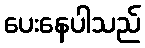
ပေးနေပါသည်